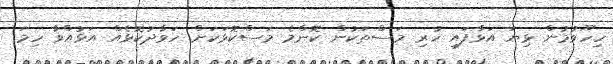
ހިހޫވުމުން ޅިޔަ އަޅާފައި ހުރި މަސްތަކުން ކޮންމެ މަސްކޮޅަކަށް ހަވާދުކޮޅެއް އަޅުއްވާ ހިމަ